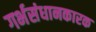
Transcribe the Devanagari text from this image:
गर्भसंधानकारक